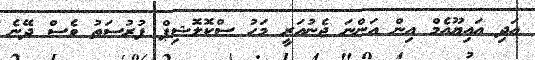
އަދި އައިޔޫއެމް އިން އަންނަ ޖެނުއަރީ މަހު ސްކޮލޮޝިޕް ފުރުސަތު ވެސް ދޭނެ